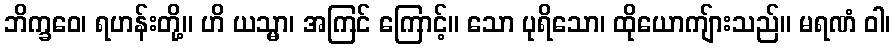
ဘိက္ခဝေ၊ ရဟန်းတို့။ ဟိ ယသ္မာ၊ အကြင် ကြောင့်။ သော ပုရိသော၊ ထိုယောကျ်ားသည်။ မရဏံ ဝါ၊